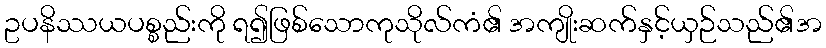
ဥပနိဿယပစ္စည်းကို ရ၍ဖြစ်သောကုသိုလ်ကံ၏ အကျိုးဆက်နှင့်ယှဉ်သည်၏အ